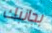
بجانبك